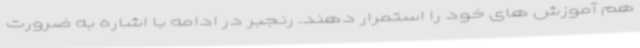
هم آموزش های خود را استمرار دهند. رنجبر در ادامه با اشاره به ضرورت